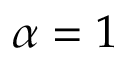
\alpha = 1